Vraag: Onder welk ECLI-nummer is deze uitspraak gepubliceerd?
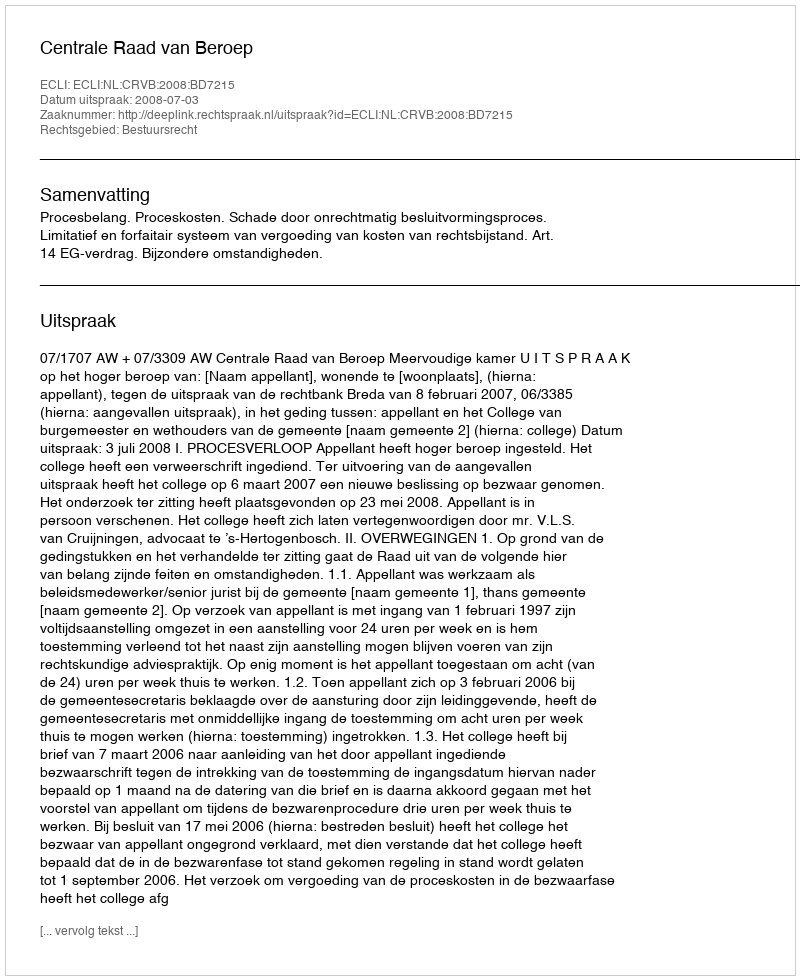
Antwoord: ECLI:NL:CRVB:2008:BD7215